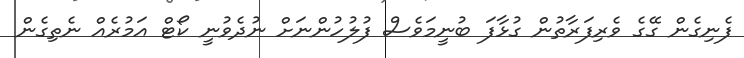
ފެނިގެން ގޭގެ ވެރިފަރާތުން ގުޅާފަ ބުނީމަވެސް ފުލުހުންނަށް ނުދެވުނީ ކޯޓް އަމުރެއް ނެތިގެން